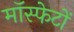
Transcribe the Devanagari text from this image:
मॉस्फेटों